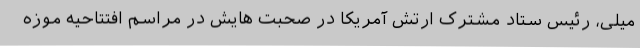
میلی، رئیس ستاد مشترک ارتش آمریکا در صحبت هایش در مراسم افتتاحیه موزه